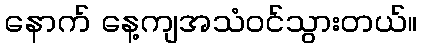
နောက် နေ့ကျအသံဝင်သွားတယ်။